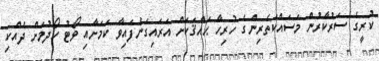
ކުރީގެ ސަރުކާރުން މަސައްކަތެރިންގެ ހުރިހާ ޙައްޤަކަށް އަރައިގަނެފައިވާ ކަމަށާއި ވޯޓު ހޯދުމަށް ދެއްކި